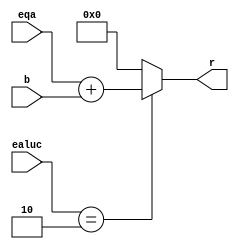
`timescale 1ns / 1ps

module ALU(
    input [31:0] eqa,
    input [31:0] b,
    input [3:0] ealuc,
    output reg [31:0] r
    );
    always@(eqa, b, ealuc) begin
       case(ealuc)
            4'b0010: begin
                 r = eqa + b;
            end
            default: begin          
                 r = 0;
            end
        endcase
    end
endmodule